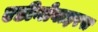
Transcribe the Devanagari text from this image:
एडीनोवाइरस